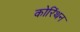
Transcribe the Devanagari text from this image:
कोरिंथन